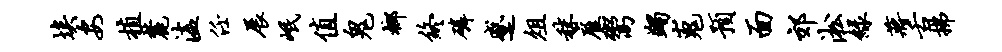
埃安植麓溘任展岷值鬼榔终磷蹙俎秣雇鬻蠲嵬预面郊淞绿蒋舌拂